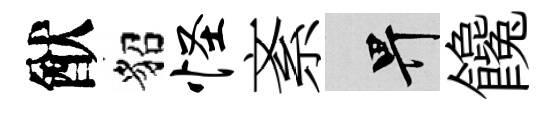
猷貂怪紊畀饞